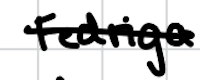
Text: Fedriga
Cross-out: single-line
Writing tool: digital_black